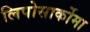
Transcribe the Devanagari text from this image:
लिपोसार्कोमा